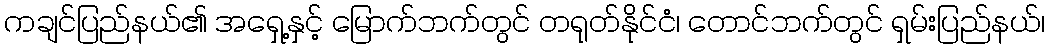
ကချင်ပြည်နယ်၏ အရှေ့နှင့် မြောက်ဘက်တွင် တရုတ်နိုင်ငံ၊ တောင်ဘက်တွင် ရှမ်းပြည်နယ်၊